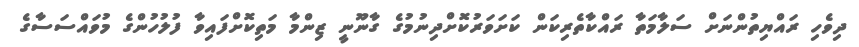
ދިވެހި ރައްޔިތުންނަށް ސަލާމަތާ ރައްކާތެރިކަން ކަށަވަރުކޮށްދިނުމުގެ ގާނޫނީ ޒިންމާ މަތިކޮށްފައިވާ ފުލުހުންގެ މުވައްސަސާގެ